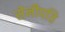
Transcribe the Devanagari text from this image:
सेनीपति